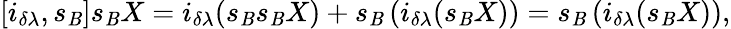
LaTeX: \left[i_{\delta\lambda},s_{\mathit{B}}\right]s_{\mathit{B}}X=i_{\delta\lambda}(s_{\mathit{B}}s_{\mathit{B}}X)+s_{\mathit{B}}\left(i_{\delta\lambda}(s_{\mathit{B}}X)\right)=s_{\mathit{B}}\left(i_{\delta\lambda}(s_{\mathit{B}}X)\right),